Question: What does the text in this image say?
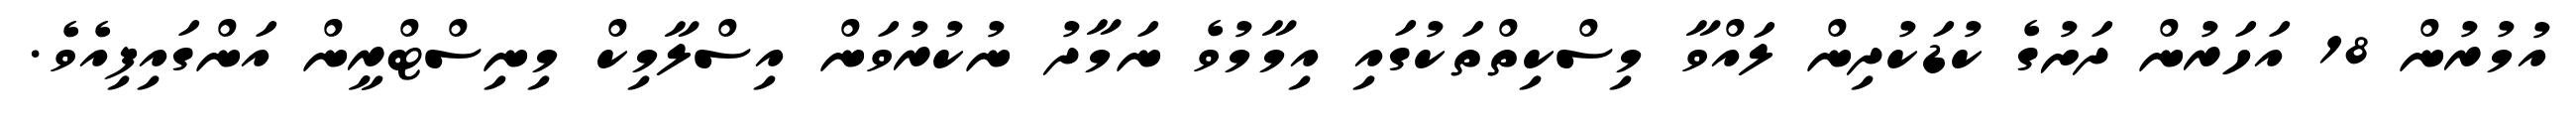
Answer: އުމުރުން 18 އަހަރުން ދަށުގެ ކުޑަކުދިން ލައްވާ މިސްކިތްތަކުގައި އިމާމުވެ ނަމާދު ނުކުރުވަން އިސްލާމިކް މިނިސްޓްރީން އަންގައިފިއެވެ.